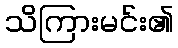
သိကြားမင်း၏